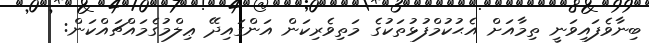
ބިނާވެފައިވަނީ ތިމާއަށް އެޙުކުމްފުޅުތަކުގެ މަތިވެރިކަން އަންގައިދޭ ޢިލްމުގެމައްޗައްކަން: